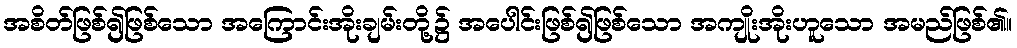
အစိတ်ဖြစ်၍ဖြစ်သော အကြောင်းအိုးချမ်းတို့၌ အပေါင်းဖြစ်၍ဖြစ်သော အကျိုးအိုးဟူသော အမည်ဖြစ်၏။